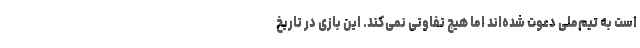
است به تیم‌ملی دعوت شده‌اند اما هیچ تفاوتی نمی‌کند. این بازی در تاریخ